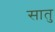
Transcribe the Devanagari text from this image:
सातु